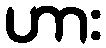
ဟား